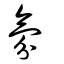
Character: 氛